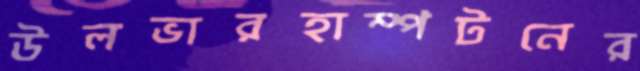
উলভারহাম্পটনের